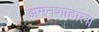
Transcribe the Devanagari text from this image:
झमनशाहाला